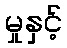
မှုနှင့်